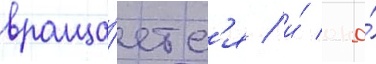
враща́етс'я / и́ она́